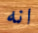
انه